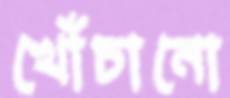
খোঁচানো